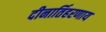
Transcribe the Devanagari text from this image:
दीनार्तिहरणाय